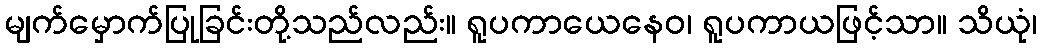
မျက်မှောက်ပြုခြင်းတို့သည်လည်း။ ရူပကာယေနေဝ၊ ရူပကာယဖြင့်သာ။ သိယုံ၊